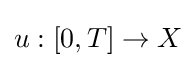
u:[0,T]\to X